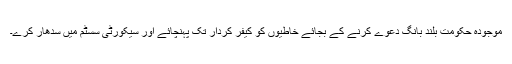
موجودہ حکومت بلند بانگ دعوے کرنے کے بجائے خاطیوں کو کیفر کردار تک پہنچائے اور سیکورٹی سسٹم میں سدھار کرے۔